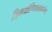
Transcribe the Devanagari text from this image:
त्रिकश्रोणिफलकशोथ